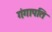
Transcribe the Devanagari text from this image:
गंगापति